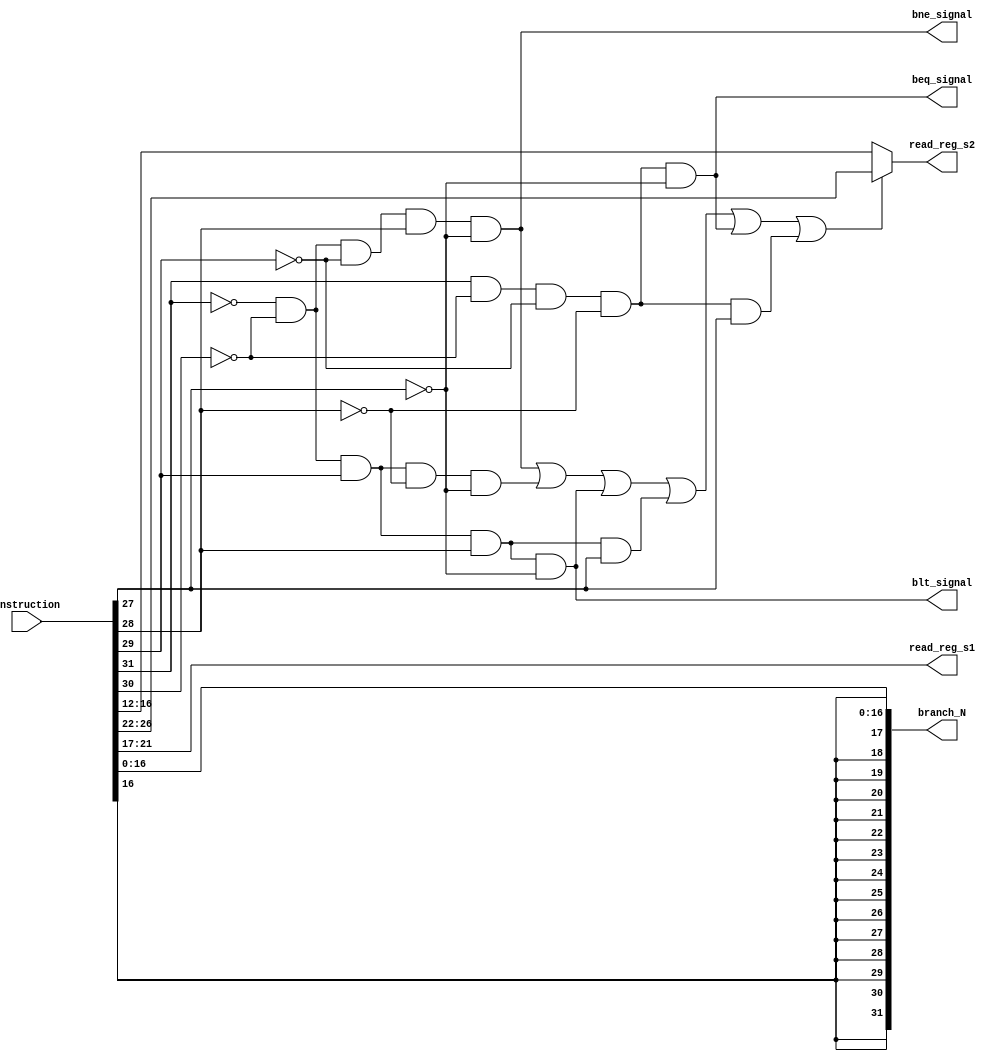
module control_decode(instruction,read_reg_s1,read_reg_s2,bne_signal,blt_signal,beq_signal,branch_N);
	input[31:0] instruction;
	output[4:0] read_reg_s1,read_reg_s2;
	output bne_signal,blt_signal,beq_signal;
	output[31:0] branch_N;
	//optaining the opcode and putting them in individual wires;
	wire A,B,C,D,E;
	assign A = instruction[31];
	assign B = instruction[30];
	assign C = instruction[29];
	assign D = instruction[28];
	assign E = instruction[27];
	
	//Signal to decide whether s2 should be read from rd(if true) or rt
	wire rd_rt_signal;
	assign rd_rt_signal = (~A&~B&~C&D&~E) | (~A&~B&C&~D&~E) | (~A&~B&C&D&~E) | (~A&~B&C&D&E) | (A&~B&~C&~D&~E) | (A&~B&~C&~D&E);
	
	
	assign read_reg_s1 = instruction[21:17];
	assign read_reg_s2 = (rd_rt_signal) ? instruction[26:22] : instruction[16:12];
	
	assign bne_signal = (~A&~B&~C&D&~E);
	assign blt_signal = (~A&~B&C&D&~E);
	assign beq_signal = (A&~B&~C&~D&~E);
	
	
	assign branch_N[16:0] = instruction[16:0];
	genvar i;
	generate
	for(i=17;i<=31;i=i+1) begin:loop
		assign branch_N[i] = instruction[16];
	end
	endgenerate
endmodule